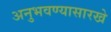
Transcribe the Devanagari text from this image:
अनुभवण्यासारखे